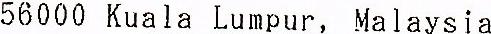
56000 KUALA LUMPUR, MALAYSIA